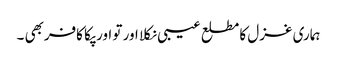
ہماری غزل کا مطلع عیبی نکلا اور تو اور پکا کافربھی ۔